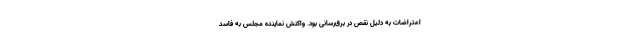
اعتراضات به دلیل نقص در برق‌رسانی بود. واکنش نماینده مجلس به فاسد